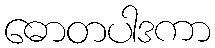
ဓောတပါဒကာ